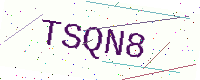
Text: TSQN8